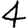
Digit: 4